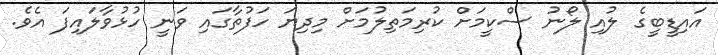
އައިޑީބީގެ ލުއި ލޯނު ސްކީމަށް ކުރިމަތިލުމަށް މިދިޔަ ހަފުތާގައި ވަނީ ހުޅުވާލައިފަ އެވެ.